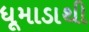
ધૂમાડાથી